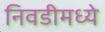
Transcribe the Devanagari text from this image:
निवडीमध्ये